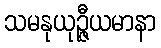
သမနုယုဉ္ဇီယမာနာ